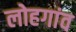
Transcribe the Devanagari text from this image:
लोहगांव